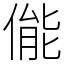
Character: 㑷